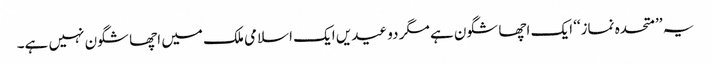
یہ ’’متحدہ نماز‘‘ ایک اچھا شگون ہے مگر دو عیدیں ایک اسلامی ملک میں اچھا شگون نہیں ہے۔